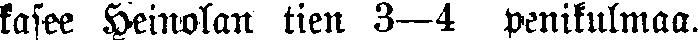
kasee Heinolan tien 3—4 penikulmaa.